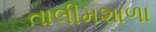
તાલીમશાળા